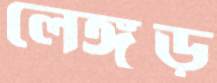
লেঙ্গুড়